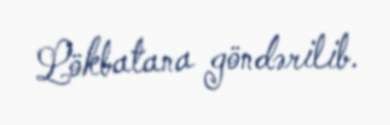
Lökbatana göndərilib.